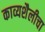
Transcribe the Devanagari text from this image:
काव्यशैलीचा